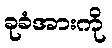
ခုခံအားကို